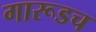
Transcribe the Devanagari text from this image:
गारूडच